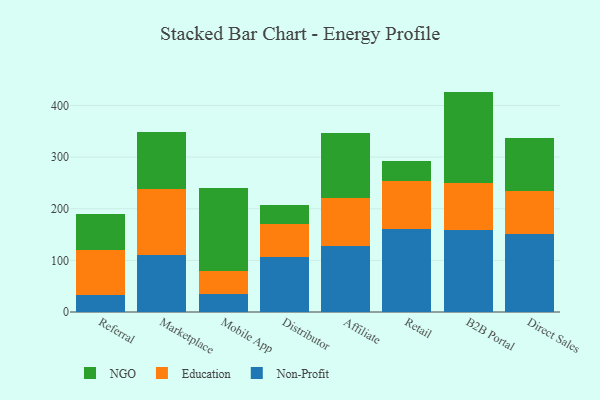
{"axis": {"x": "Channel", "y": "Energy Usage (MWh)"}, "legend": ["Education", "NGO", "Non-Profit"], "data": [{"x": "Referral", "y": 33.1, "type": "Non-Profit"}, {"x": "Referral", "y": 86.7, "type": "Education"}, {"x": "Referral", "y": 70.2, "type": "NGO"}, {"x": "Marketplace", "y": 110.7, "type": "Non-Profit"}, {"x": "Marketplace", "y": 127.5, "type": "Education"}, {"x": "Marketplace", "y": 111.0, "type": "NGO"}, {"x": "Mobile App", "y": 34.1, "type": "Non-Profit"}, {"x": "Mobile App", "y": 45.3, "type": "Education"}, {"x": "Mobile App", "y": 161.3, "type": "NGO"}, {"x": "Distributor", "y": 106.4, "type": "Non-Profit"}, {"x": "Distributor", "y": 64.9, "type": "Education"}, {"x": "Distributor", "y": 36.6, "type": "NGO"}, {"x": "Affiliate", "y": 127.1, "type": "Non-Profit"}, {"x": "Affiliate", "y": 94.5, "type": "Education"}, {"x": "Affiliate", "y": 125.1, "type": "NGO"}, {"x": "Retail", "y": 161.1, "type": "Non-Profit"}, {"x": "Retail", "y": 92.8, "type": "Education"}, {"x": "Retail", "y": 38.9, "type": "NGO"}, {"x": "B2B Portal", "y": 159.0, "type": "Non-Profit"}, {"x": "B2B Portal", "y": 90.0, "type": "Education"}, {"x": "B2B Portal", "y": 177.9, "type": "NGO"}, {"x": "Direct Sales", "y": 151.4, "type": "Non-Profit"}, {"x": "Direct Sales", "y": 83.3, "type": "Education"}, {"x": "Direct Sales", "y": 103.2, "type": "NGO"}]}